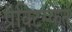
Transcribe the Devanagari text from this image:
प्रैक्टिस्केन